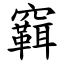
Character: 䇀